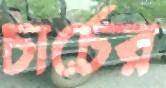
চার্চের